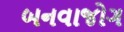
બનવાજોગ